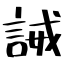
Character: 誡